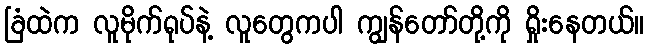
ခြံထဲက လူမိုက်ရုပ်နဲ့ လူတွေကပါ ကျွန်တော်တို့ကို ရှိုးနေတယ်။